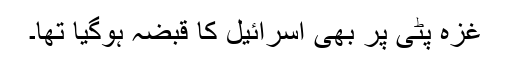
غزہ پٹی پر بھی اسرائیل کا قبضہ ہوگیا تھا۔